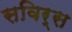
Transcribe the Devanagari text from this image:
सविर्स